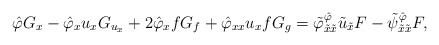
\begin{align*}\hat\varphi G_x-\hat\varphi_xu_xG_{u_x}+2\hat\varphi_xfG_f+\hat\varphi_{xx}u_xfG_g=\tilde\varphi^{\hat\varphi}_{\tilde x\tilde x}\tilde u_{\tilde x}F-\tilde\psi^{\hat\varphi}_{\tilde x\tilde x}F,\end{align*}